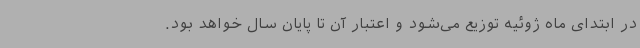
در ابتدای ماه ژوئیه توزیع می‌شود و اعتبار آن تا پایان سال خواهد بود.